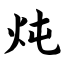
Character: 炖